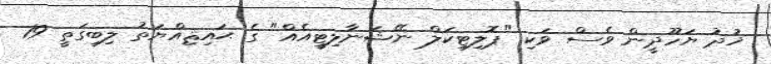
ޚުދު ޔަހޫދީން ވެސް ވަކި "ޕޮލިޓިކަލް ނޭޝަނާލިޓީއެއް" ގެ ޙައިޘިއްޔަތު ލިބިގަތީ 19